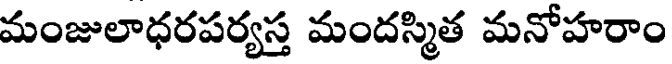
మంజులాధరపర్యస్త మందస్మిత మనోహరాం